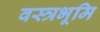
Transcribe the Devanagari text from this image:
वस्त्रभूमि